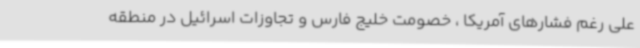
علی رغم فشارهای آمریکا ، خصومت خلیج فارس و تجاوزات اسرائیل در منطقه